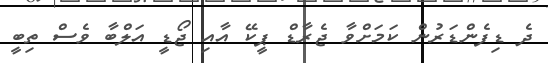
ދެ ޑިފެންޑަރުން ކަމަށްވާ ޖެރާޑް ޕީކޭ އާއި ޖޯޑީ އަލްބާ ވެސް ތިބީ